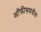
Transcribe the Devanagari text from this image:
ऑफीसमधील